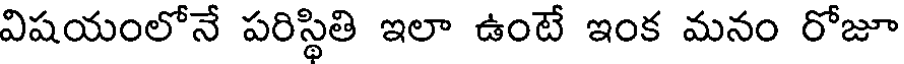
విషయంలోనే పరిస్థితి ఇలా ఉంటే ఇంక మనం రోజూ